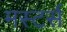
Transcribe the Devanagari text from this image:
मस्टर्स